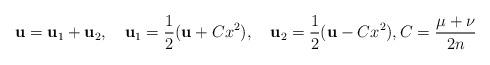
LaTeX: \begin{align*}\bold u=\bold u_1+\bold u_2,\quad\bold u_1=\frac{1}{2}(\bold u+Cx^2),\quad\bold u_2=\frac{1}{2}(\bold u-Cx^2),C=\frac{\mu+\nu}{2n} \end{align*}